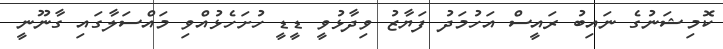
ކޮމިޝަނުގެ ނައިބު ރައީސް އަހުމަދު ފަޔާޒު ވިދާޅުވީ ޑީޑީ ހުށަހެޅުއްވި މައްސަލާގައި ގާނޫނީ